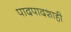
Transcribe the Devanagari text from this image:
पादपादशाही